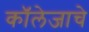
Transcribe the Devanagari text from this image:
कॉलेजाचे